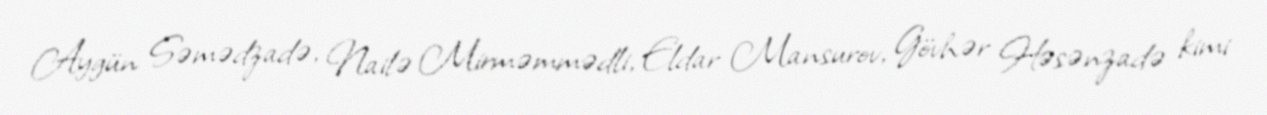
Aygün Səmədzadə, Nailə Mirməmmədli, Eldar Mansurov, Gövhər Həsənzadə kimi